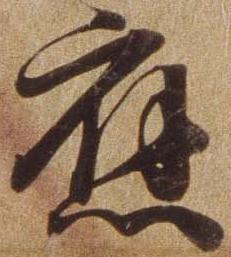
応